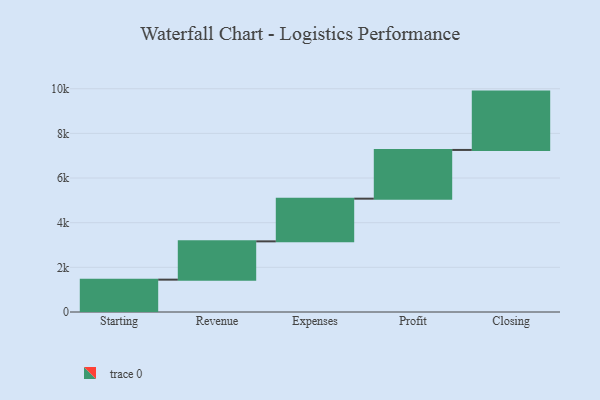
{"axis": {"x": "Step", "y": "Value"}, "legend": [""], "data": [{"x": "Starting", "y": 1449.0, "type": ""}, {"x": "Revenue", "y": 1715.0, "type": ""}, {"x": "Expenses", "y": 1912.0, "type": ""}, {"x": "Profit", "y": 2182.0, "type": ""}, {"x": "Closing", "y": 2613.0, "type": ""}]}